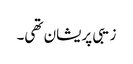
زیبی پریشان تھی۔